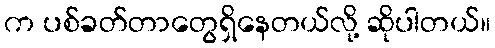
က ပစ်ခတ်တာတွေရှိနေတယ်လို့ ဆိုပါတယ်။